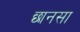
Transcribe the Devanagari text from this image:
छानसा